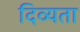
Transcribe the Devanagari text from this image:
दिव्‍यता